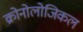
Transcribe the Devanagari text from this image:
क्रोनोलोजिकल